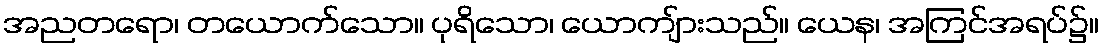
အညတရော၊ တယောက်သော။ ပုရိသော၊ ယောကျ်ားသည်။ ယေန၊ အကြင်အရပ်၌။